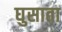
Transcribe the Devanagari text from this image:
घुसाता